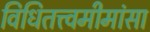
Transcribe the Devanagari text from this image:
विधितत्त्वमीमांसा